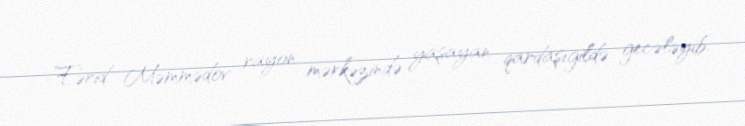
Fərid Məmmədov rayon mərkəzində yaşayan qardaşıgildə gecələyib.